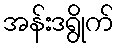
အန်းဒရွိုက်